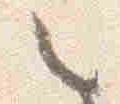
之